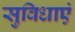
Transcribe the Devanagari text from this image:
सुविधाएं